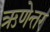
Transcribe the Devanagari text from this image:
ऋणेत्तर